Epidemic dropsy in Calcutta - Number 49
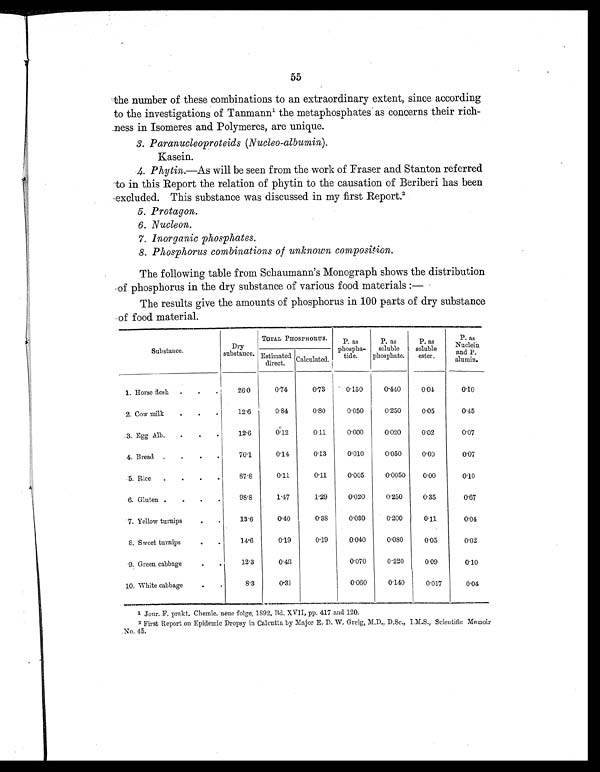
55
the number of these combinations to an extraordinary extent, since according
to the investigations of Tanmann 1 the metaphosphates as concerns their rich-
ness in Isomeres and Polymeres, are unique.
3. Paranucleoproteids (Nucleo-albumin).
Kasein.
4 . P h y t i n .
— A s
w i l l b e s e e n f r o m t h e w o r k o f F r a s e r
a n d S t a n t o n
r e f e r r e d
to in this Report the relation of phytin to the causation of Beriberi has been
excluded. This substance was discussed in my first Report
.
2
5 . P r o t a g o n .
6 . N u c l e o n .
7 . I n o r g a n i c p h o s p h a t e s .
8 . P h o s p h o r u s c o m b i n a t i o n s o f u n k n o w n c o m p o s i t i o n .
The following table from Schaumann's Monograph shows the distribution
of phosphorus in the dry substance of various food materials:
—
The results give the amounts of phosphorus in 100 parts of dry substance
of food material.
Substance.
Dry
substance.
TOTAL PHOSPHORUS
P. as
phospha-
tide.
P. as
soluble
phosphate.
P. as
soluble
ester.
P. as
Nuclein
and P.
alumin.
Estimated
direct. Calculated
1. Horse flesh
.
.
26.0
0.74
0.73
0 . 150
0.440
0.04
0.10
2. Cow milk
.
.
.
12.6
0.84
0.80
0.050
0.250
0.05
0.45
3. Egg Alb.
.
. .
12.6
0.12
0.11
0.000
0.020
0.02
0.07
4. Bread .
.
.
70.1
0.14
0.13
0.010
0.050
0.00
0.07
: 5. Rice
.
.
.
87.8
0.11
0.11
0.005
0.0050
0 . 0 0
0.10
6. Gluten .
.
.
.
98.8
1.47
1.29
0.020
0.250
0.35
0.67
7. Yellow turnips
.
.
13.6
0.40
0.38
0.030
0.200
0.11
0.04
8. Sweet turnips . .
14.6
0.19
0.19
0.040
0.080
0.05
0.02
9. Green cabbage
. .
12.3
0.48
0.070
0.220
0.09
0.10
10. White cabbage
. .
8.3
0.31
0.060
0.140
0.017
0.04
1 Jour. F. prakt. Chemie. neue folge, 1892, Bd. XVII, pp. 417 and 120.
2 First Report on Epidemic Dropsy in Calcutta by Major E. D. W. Greig, M.D., D.Sc., I.M.S., Scientific Memoir
No. 45.